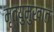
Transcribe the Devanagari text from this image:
मृत्युमुखात